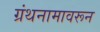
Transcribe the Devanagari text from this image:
ग्रंथनामावरून